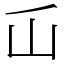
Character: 屲